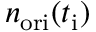
n _ { \mathrm { o r i } } ( t _ { \mathrm { i } } )